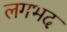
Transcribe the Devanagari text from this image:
लगभद